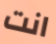
انت